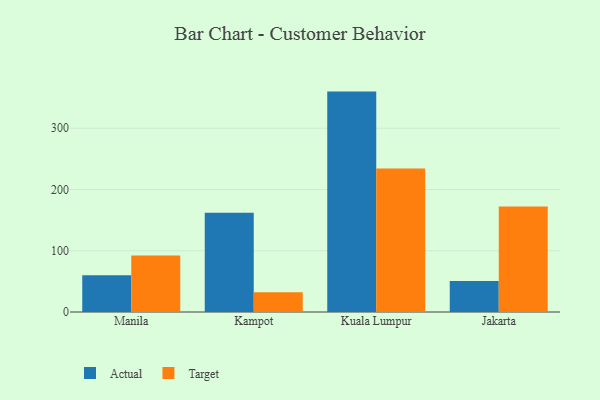
{"axis": {"x": "City", "y": "Gross Profit (USD K)"}, "legend": ["Actual", "Target"], "data": [{"x": "Manila", "y": 60.2, "type": "Actual"}, {"x": "Manila", "y": 92.4, "type": "Target"}, {"x": "Kampot", "y": 162.0, "type": "Actual"}, {"x": "Kampot", "y": 32.3, "type": "Target"}, {"x": "Kuala Lumpur", "y": 359.9, "type": "Actual"}, {"x": "Kuala Lumpur", "y": 234.5, "type": "Target"}, {"x": "Jakarta", "y": 50.7, "type": "Actual"}, {"x": "Jakarta", "y": 172.4, "type": "Target"}]}